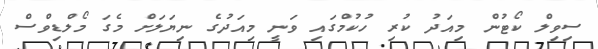
ސިވިލް ކޯޓުން މިއަދު ކުރި ހުކުމްގައި ވަނީ މިއަދުގެ ނިޔަލަށް މެގަ މޯލްޑިވްސް